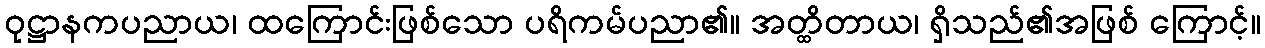
ဝုဋ္ဌာနကပညာယ၊ ထကြောင်းဖြစ်သော ပရိကမ်ပညာ၏။ အတ္ထိတာယ၊ ရှိသည်၏အဖြစ် ကြောင့်။